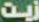
زيت